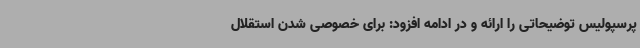
پرسپولیس توضیحاتی را ارائه و در ادامه افزود: برای خصوصی شدن استقلال